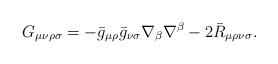
LaTeX: \begin{align*}G_{\mu\nu\rho\sigma}=-\bar{g}_{\mu\rho}\bar{g}_{\nu\sigma}\nabla_{\beta}\nabla^{\beta}-2\bar{R}_{\mu\rho\nu\sigma}.\end{align*}